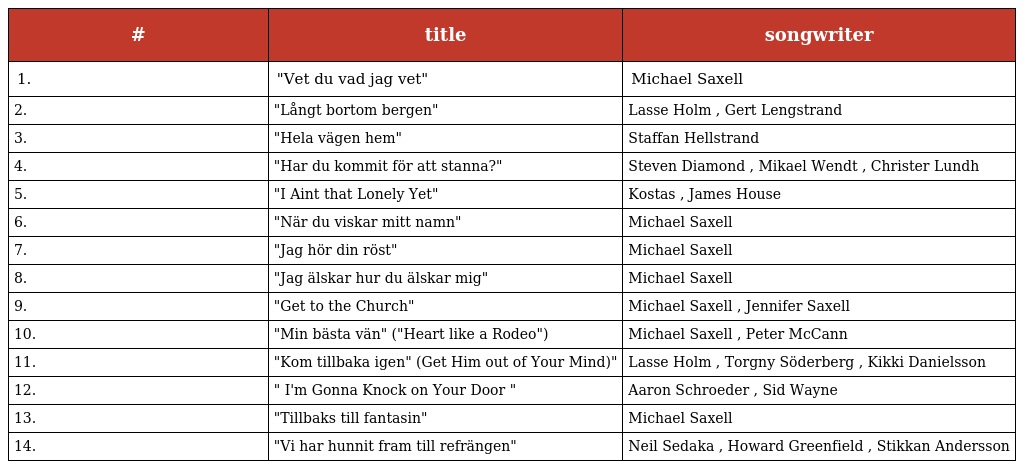
| # | title | songwriter |
 | --- | --- | --- |
 | 1. | "Vet du vad jag vet" | Michael Saxell |
 | 2. | "Långt bortom bergen" | Lasse Holm , Gert Lengstrand |
 | 3. | "Hela vägen hem" | Staffan Hellstrand |
 | 4. | "Har du kommit för att stanna?" | Steven Diamond , Mikael Wendt , Christer Lundh |
 | 5. | "I Aint that Lonely Yet" | Kostas , James House |
 | 6. | "När du viskar mitt namn" | Michael Saxell |
 | 7. | "Jag hör din röst" | Michael Saxell |
 | 8. | "Jag älskar hur du älskar mig" | Michael Saxell |
 | 9. | "Get to the Church" | Michael Saxell , Jennifer Saxell |
 | 10. | "Min bästa vän" ("Heart like a Rodeo") | Michael Saxell , Peter McCann |
 | 11. | "Kom tillbaka igen" (Get Him out of Your Mind)" | Lasse Holm , Torgny Söderberg , Kikki Danielsson |
 | 12. | " I'm Gonna Knock on Your Door " | Aaron Schroeder , Sid Wayne |
 | 13. | "Tillbaks till fantasin" | Michael Saxell |
 | 14. | "Vi har hunnit fram till refrängen" | Neil Sedaka , Howard Greenfield , Stikkan Andersson |